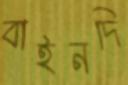
বাইনদি